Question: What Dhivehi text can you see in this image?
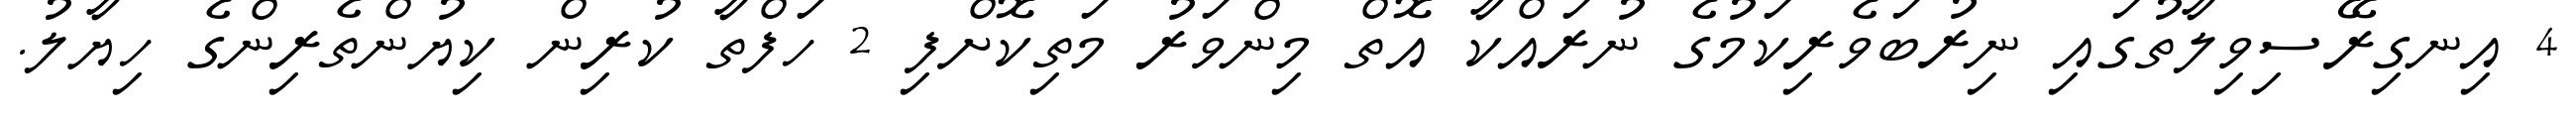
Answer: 4 އިނގިރޭސިވިލާތުގައި ނިރުބަވެރިކަމުގެ ނުރައްކާ އޮތް މިންވަރު މަތިކޮށްފި 2 ހަފްތާ ކުރިން ކިޔުންތެރިންގެ ހިޔާލު.